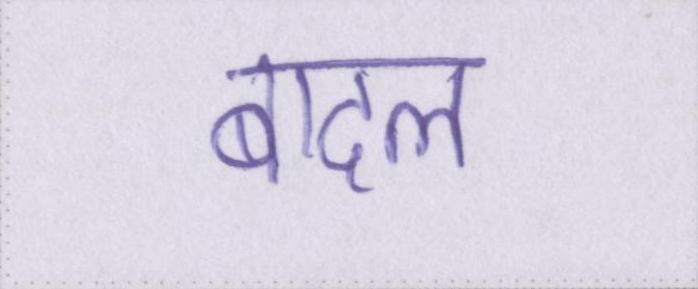
बादल